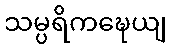
သမ္ပရိကဍ္ဎေယျ